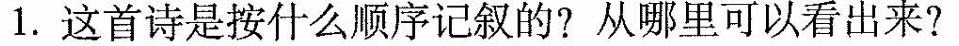
1.这首诗是按什么顺序记叙的?从哪里可以看出来?